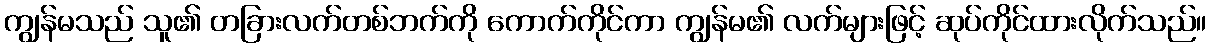
ကျွန်မသည် သူ၏ တခြားလက်တစ်ဘက်ကို ကောက်ကိုင်ကာ ကျွန်မ၏ လက်များဖြင့် ဆုပ်ကိုင်ထားလိုက်သည်။